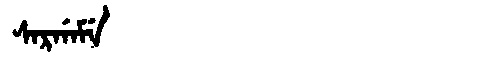
Manchu: ᠰᠠᡵᡤᠠᠮᡝ
Romanization: SARGAME